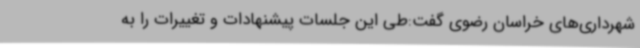
شهرداری‌های خراسان رضوی گفت:طی این جلسات پیشنهادات و تغییرات را به